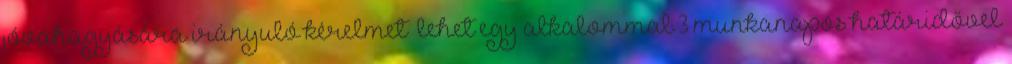
jóváhagyására irányuló kérelmet” lehet egy alkalommal 3 munkanapos határidővel